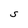
Character: S